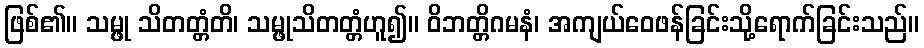
ဖြစ်၏။ သမ္ဖု သိတတ္တံတိ၊ သမ္ဖုသိတတ္တံဟူ၍။ ဝိဘတ္တိဂမနံ၊ အကျယ်ဝေဖန်ခြင်းသို့ရောက်ခြင်းသည်။